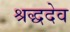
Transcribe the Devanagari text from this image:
श्रद्धदेव